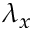
\lambda _ { x }